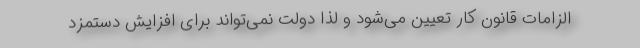
الزامات قانون کار تعیین می‌شود و لذا دولت نمی‌تواند برای افزایش دستمزد